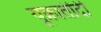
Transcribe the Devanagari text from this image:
यूक्रातीदी